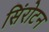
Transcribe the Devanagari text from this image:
सिंरोटन